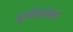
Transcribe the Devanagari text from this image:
सूर्योदयांच्या